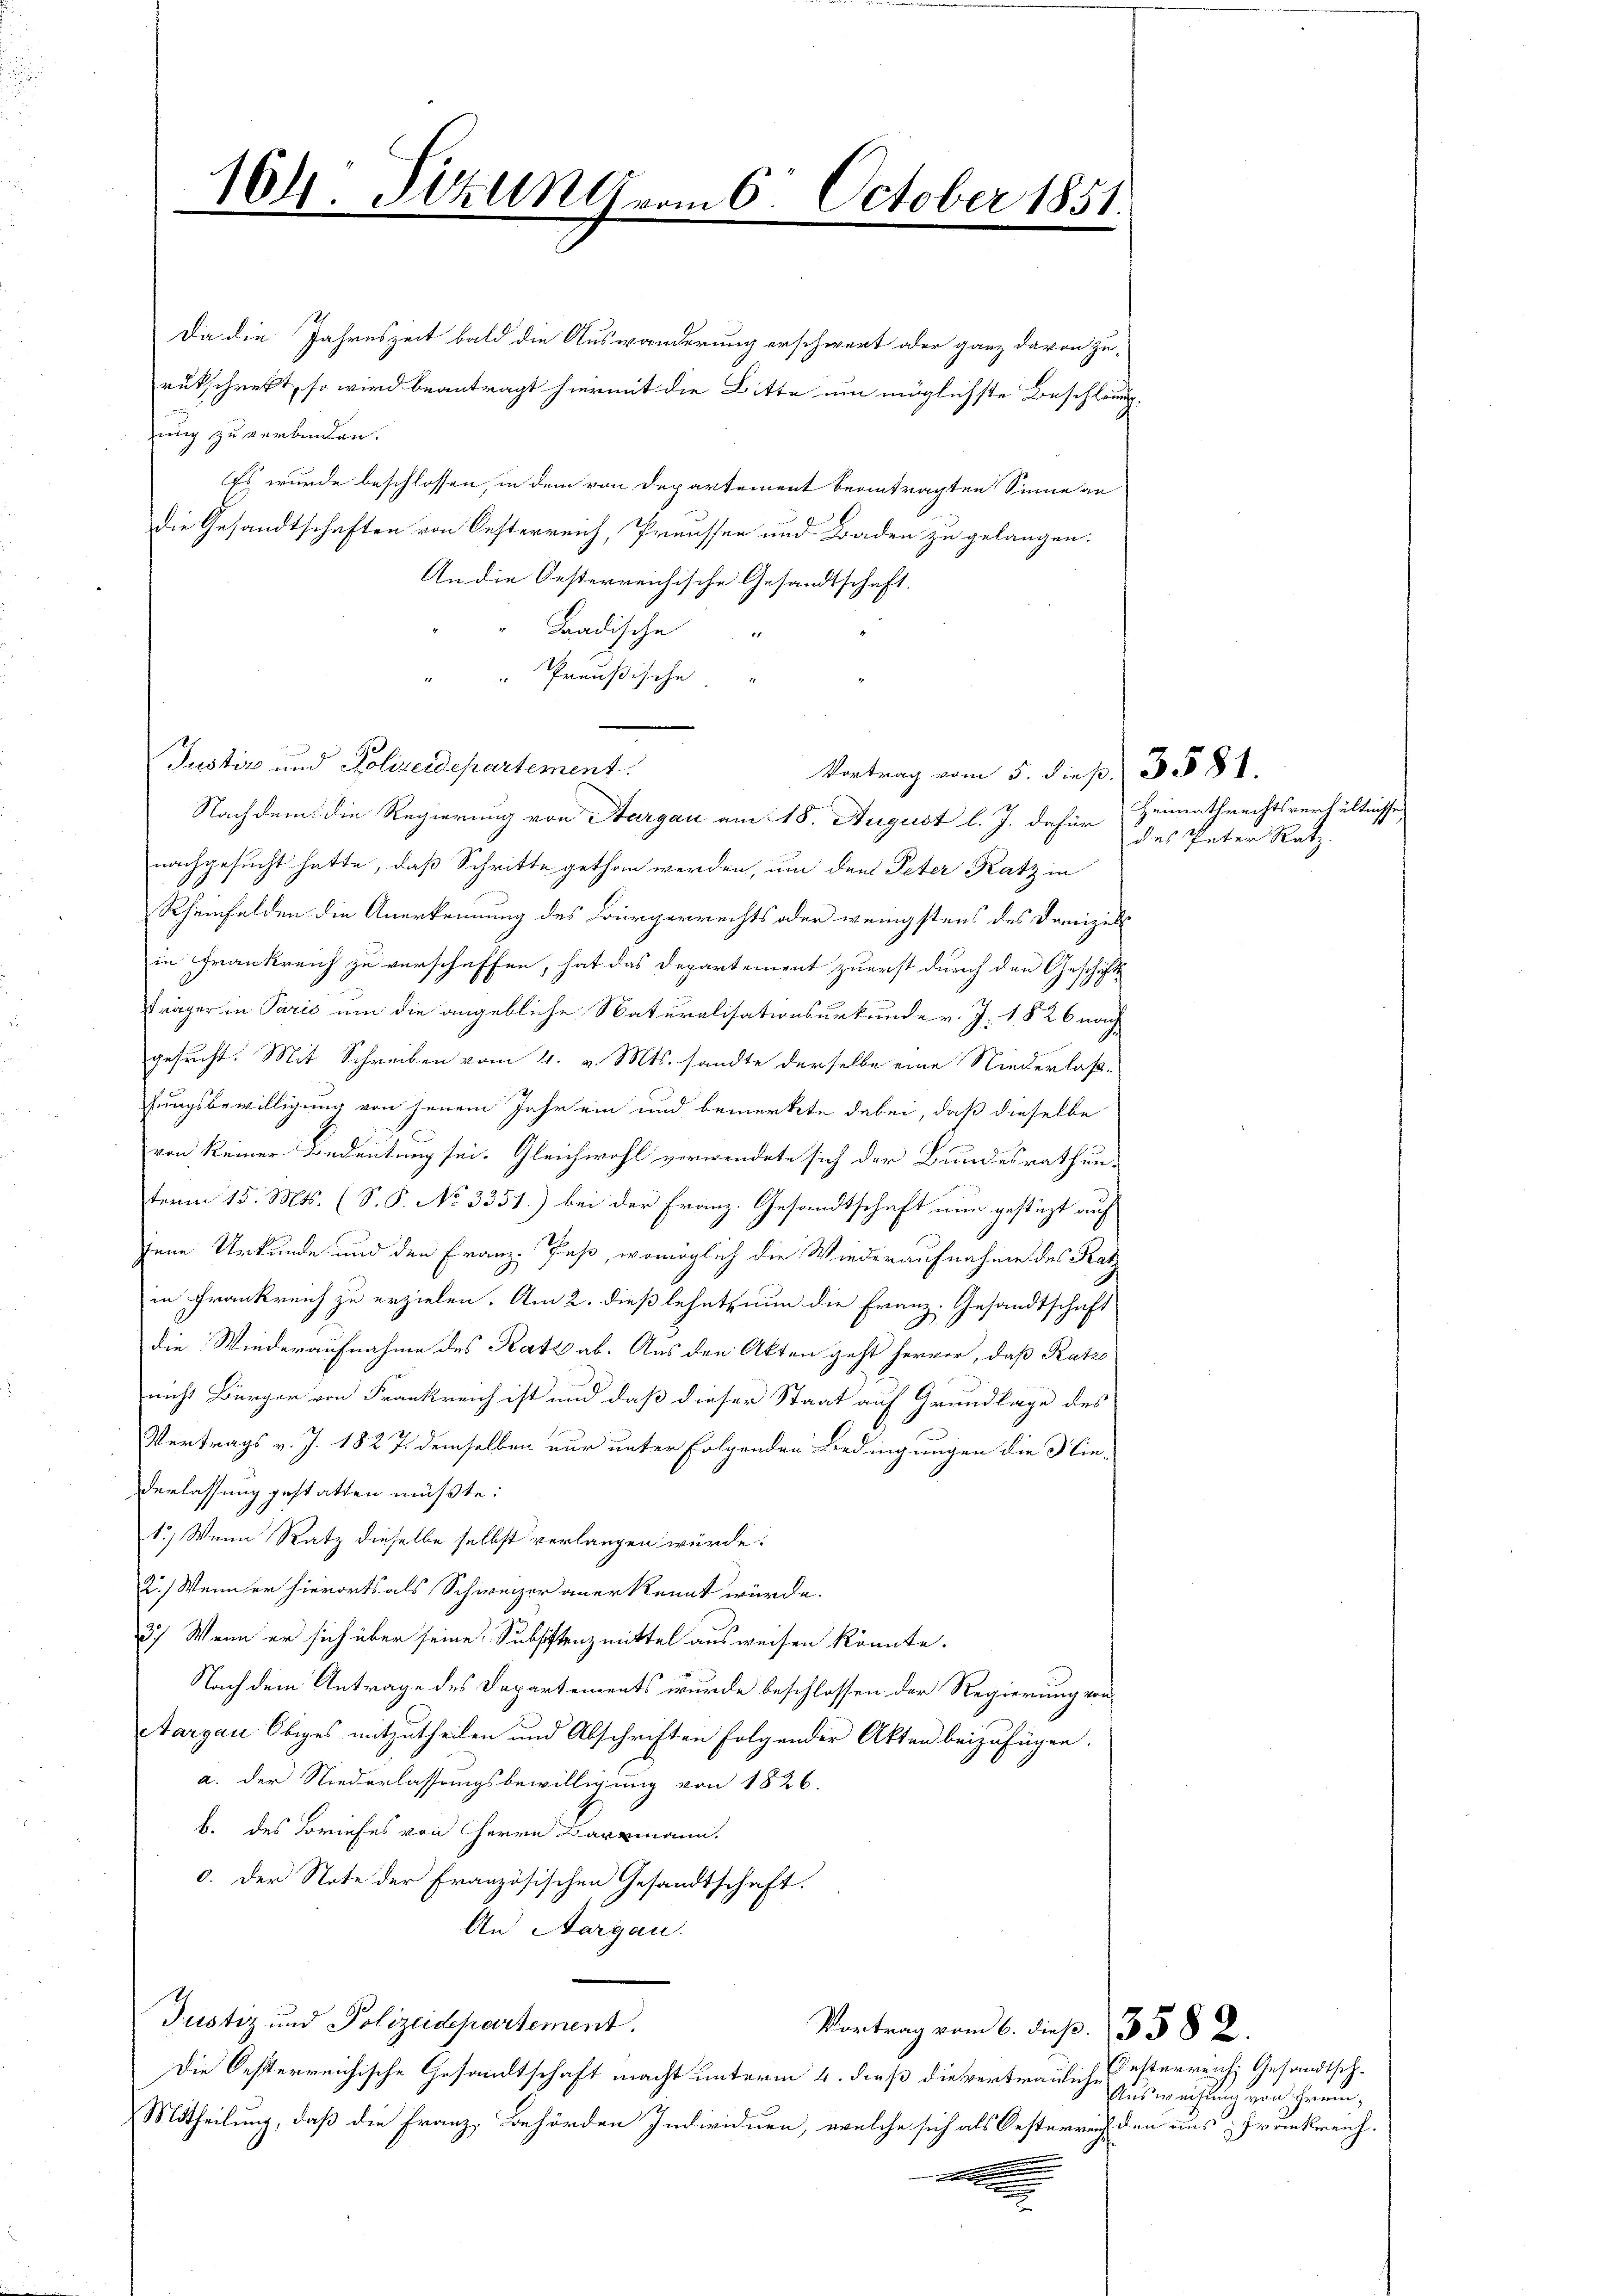
Da die Jahreszeit bald die Auswanderung erschwert oder ganz davon zu-
rukschreckt, so wird beantragt hiermit die Bitte um möglichste Beschleung.
ung zu verbinden.
Es wurde beschlossen, in dem von Departement beantragten Sinne an
die Gesandtschaften von Oesterreich, Preussen und Baden zu gelangen.
An die Oesterreichische Gesandtschaft.
Baadische
" Preußische
Justiz und Polizeidepartement.
Nachdem die Regierung von Aargau am 18. August l. J. dafür Heimathrechtsverhältnisse
nachgesucht hatte, daß Schritte gethan werden, um den Peter Katz in
Rheinfelden die Anerkennung des Bürgerrechts oder wenigstens des Danizelin Frankreich zu verschaffen, hat das Departement zuerst durch den Geschichtsträger in Paris um die angebliche Naturalisationsurkunde v. J. 1826 nach
gesucht. Mit Schreiben vom 4. v. Mts. sandte derselbe eine Niederlaßhungsbewilligung von jenem Jahr ein und bemerkte dabei, daß dieselbe
von keiner Bedeutung sei. Gleichwohl verwendete sich der Bundesrathun-
term 15. Mts. (S. P. No 3331.) bei der Franz. Gesandtschaft nun gestüzt auf
jene Urkunde und den Franz- Paß, womöglich die Wiederaufnahme des Katz
in Frankreich zu erzielen. Am 2. dieß lehntium die Franz- Gesandtschaft
die Wiederaufnahme des Rats ab. Aus den Akten geht hervor, daß Katz
nicht Bürger von Frankreich ist und daß dieser Staat auf Grundlage des
Vertrags v. J. 182 7. demselben nur unter folgenden Bedingungen die die-
derlassung gestatten müßte:
1.) Wenn Ratz dieselbe selbst verlangen würde.
2.) Wenn er hierorts als Schweizer anerkennt würde.
3) Wenn er sich über seine Subsistenz mittel ausweisen könnte.
Nach dem Antrage des Departements wurde beschlossen der Regierung von
Aargau Obiges mitzutheilen und Abschriften folgender Akten beizufügen.
a. der Niederlassungsbewilligung von 1826.
b. des Briefes von Herrn Barzmann.
0. Der Note der Französischen Gesandtschaft.
An Aargau.
Justiz und Polizeidepartement.
Vortrag vom 6. dieß. 3582.
Die Oesterreichische Gesandtschaft macht unterm 4. dieß die vertraulich
Mitheilung, daß die Franz, Behörden Individuen, welche sich als Oesterreich den aus Frankreich.
e
.
e

164: Sitzung vom 6. October 1851.
.

Vortrag vom 5. dies. 3581.

des Peter Ratz.

Desterreich Gesandtsch.
Ausweisung von Frem¬